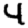
Digit: 4